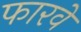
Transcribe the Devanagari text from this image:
फारवे